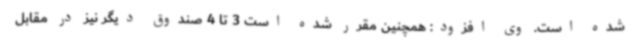
شده است. وی افزود: همچنین مقرر شده است 3 تا 4 صندوق دیگر نیز در مقابل